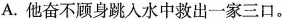
A.他奋不顾身跳入水中救出一家三口。